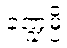
ခဏ္ဍမ္ပိ